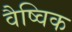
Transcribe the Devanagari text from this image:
वैष्विक